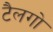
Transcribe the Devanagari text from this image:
टैलगो